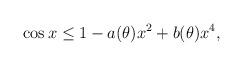
LaTeX: \begin{align*}\cos x \le 1 - a(\theta) x^2 + b(\theta) x^4,\end{align*}